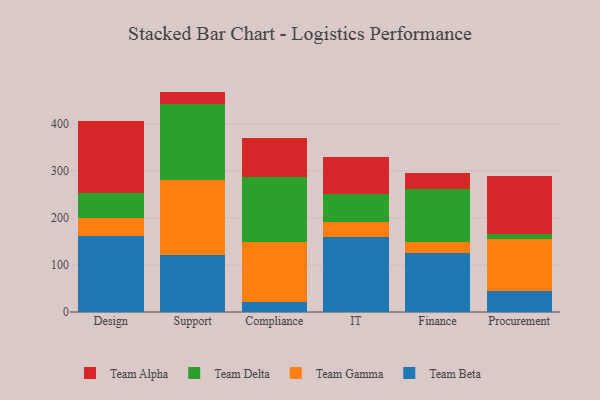
{"axis": {"x": "Department", "y": "Customer Acquisition Cost (USD)"}, "legend": ["Team Alpha", "Team Beta", "Team Delta", "Team Gamma"], "data": [{"x": "Design", "y": 162.4, "type": "Team Beta"}, {"x": "Design", "y": 38.3, "type": "Team Gamma"}, {"x": "Design", "y": 51.5, "type": "Team Delta"}, {"x": "Design", "y": 153.6, "type": "Team Alpha"}, {"x": "Support", "y": 121.5, "type": "Team Beta"}, {"x": "Support", "y": 159.5, "type": "Team Gamma"}, {"x": "Support", "y": 161.1, "type": "Team Delta"}, {"x": "Support", "y": 26.2, "type": "Team Alpha"}, {"x": "Compliance", "y": 21.7, "type": "Team Beta"}, {"x": "Compliance", "y": 126.8, "type": "Team Gamma"}, {"x": "Compliance", "y": 138.0, "type": "Team Delta"}, {"x": "Compliance", "y": 82.3, "type": "Team Alpha"}, {"x": "IT", "y": 159.0, "type": "Team Beta"}, {"x": "IT", "y": 33.1, "type": "Team Gamma"}, {"x": "IT", "y": 58.6, "type": "Team Delta"}, {"x": "IT", "y": 77.9, "type": "Team Alpha"}, {"x": "Finance", "y": 126.1, "type": "Team Beta"}, {"x": "Finance", "y": 22.0, "type": "Team Gamma"}, {"x": "Finance", "y": 112.6, "type": "Team Delta"}, {"x": "Finance", "y": 33.9, "type": "Team Alpha"}, {"x": "Procurement", "y": 44.1, "type": "Team Beta"}, {"x": "Procurement", "y": 110.2, "type": "Team Gamma"}, {"x": "Procurement", "y": 11.5, "type": "Team Delta"}, {"x": "Procurement", "y": 122.5, "type": "Team Alpha"}]}